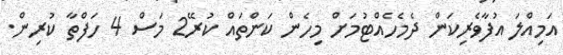
އަމިއްލަ އުފާވެރިކަން ދެމެހެއްޓުމަށް މިހެން ކަންތައް ކުރޭ2 މަސް 4 ހަފްތާ ކުރިން.